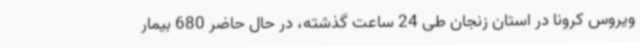
ویروس کرونا در استان زنجان طی 24 ساعت گذشته، در حال حاضر 680 بیمار